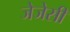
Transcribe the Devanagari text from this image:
जेजेसी